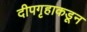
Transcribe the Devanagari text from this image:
दीपगृहाकडून